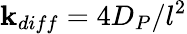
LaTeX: \mathbf{k}_{diff}=4D_{P}/l^{2}